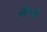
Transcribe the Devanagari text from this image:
कील्से